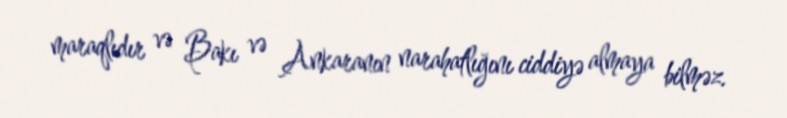
maraqlıdır və Bakı və Ankaranın narahatlığını ciddiyə almaya bilməz.